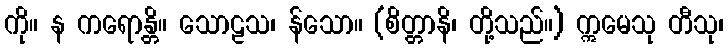
ကို။ န ကရောန္တိ။ သောဠသ၊ န်သော။ (စိတ္တာနိ၊ တို့သည်။) ဣမေသု တီသု၊